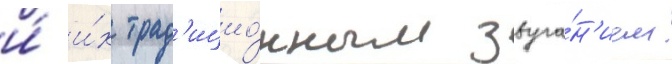
и́ и́х трад'ицио́нным звуча́н'ием